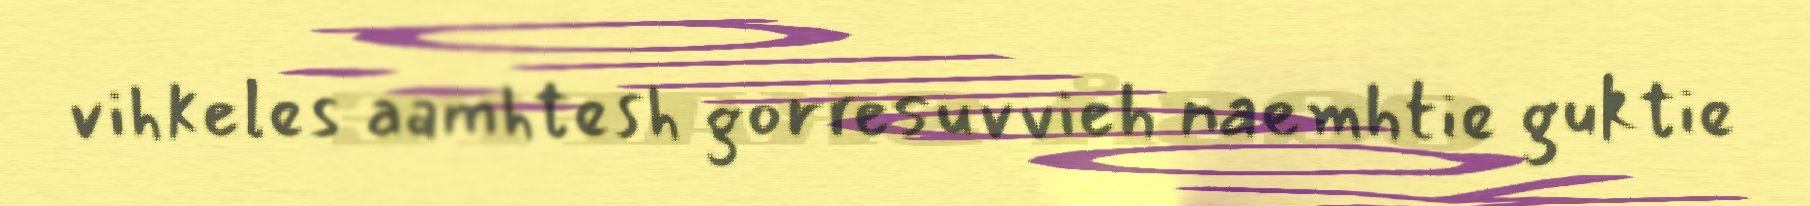
vihkeles aamhtesh gorresuvvieh naemhtie guktie